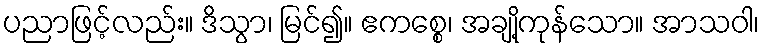
ပညာဖြင့်လည်း။ ဒိသွာ၊ မြင်၍။ ဧကစ္စေ၊ အချို့ကုန်သော။ အာသဝါ၊